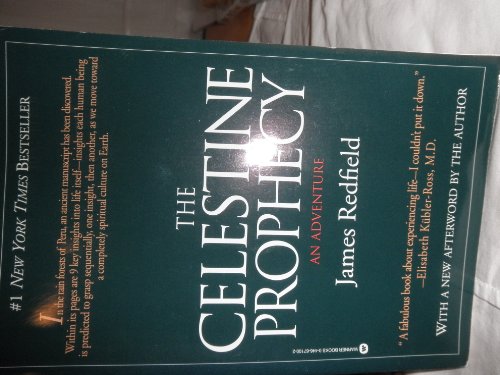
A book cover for The Celestine Prophecy: An Adventure; James Redfield; Literature & Fiction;